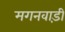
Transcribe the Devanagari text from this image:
मगनवाड़ी